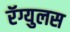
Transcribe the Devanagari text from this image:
रॅग्युलस